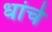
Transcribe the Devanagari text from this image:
धांचे